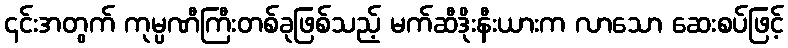
၎င်းအတွက် ကုမ္ပဏီကြီးတစ်ခုဖြစ်သည့် မက်ဆီဒိုးနီးယားက လာသော ဆေးစပ်ဖြင့်